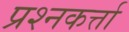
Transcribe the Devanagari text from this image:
प्रश्नकर्त्ता